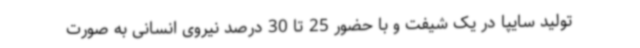
تولید سایپا در یک شیفت و با حضور 25 تا 30 درصد نیروی انسانی به صورت